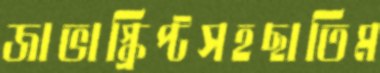
জাভাস্ক্রিপ্টসহছাতিম